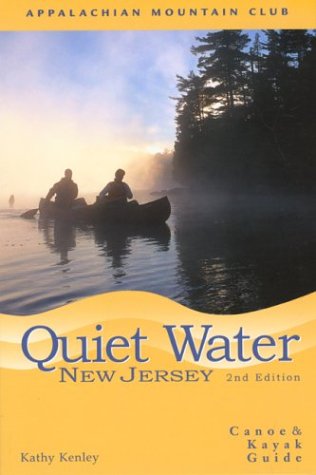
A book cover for Quiet Water New Jersey, 2nd: Canoe and Kayak Guide (AMC Quiet Water Series); Kathy Kenley; Travel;